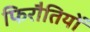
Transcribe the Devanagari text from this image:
फिरौतियों